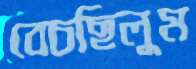
বেচছিলুম